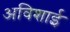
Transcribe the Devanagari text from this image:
अविशाई